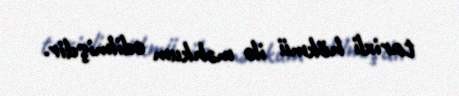
tarixli hökmü ilə məhkum edilmişdir.